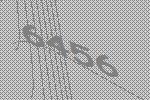
6456